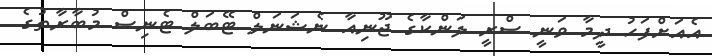
އެއަށްފަހު ދީމާ ވަނީ ސްރީ ލަންކާގެ ޖޫނިއާ ނެޝަނަލް ޓޭބަލް ޓެނިސް މުބާރާތުގެ